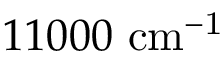
1 1 0 0 0 ~ \mathrm { { c m } ^ { - 1 } }